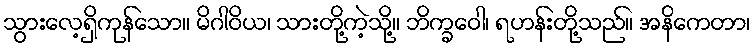
သွားလေ့ရှိကုန်သော။ မိဂါဝိယ၊ သားတို့ကဲ့သို့။ ဘိက္ခဝေါ၊ ရဟန်းတို့သည်။ အနိကေတာ၊